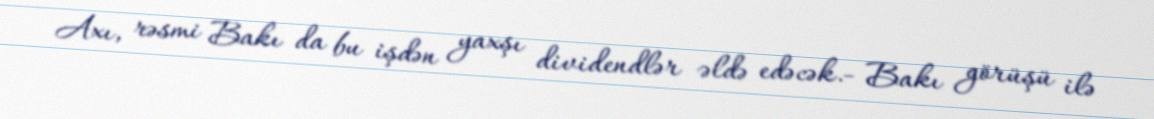
Axı, rəsmi Bakı da bu işdən yaxşı dividendlər əldə edəcək.- Bakı görüşü ilə